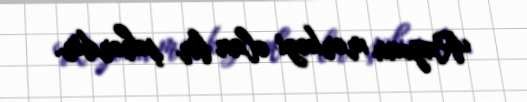
Rayonu mərkəzi olan bir şəhərdir.